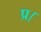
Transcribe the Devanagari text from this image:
प्र।